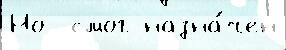
Но  смог назна́чен